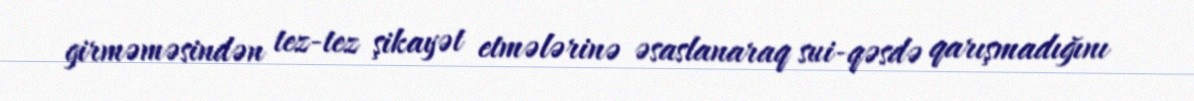
girməməsindən tez-tez şikayət etmələrinə əsaslanaraq sui-qəsdə qarışmadığını